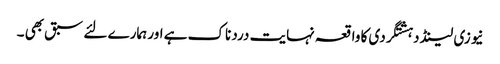
نیوزی لینڈ دہشتگردی کا واقعہ نہایت درد ناک ہے اور ہمارے لئے سبق بھی ۔